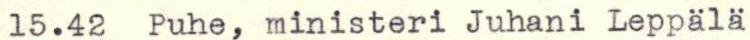
15.42  Puhe, ministeri Juhani Leppälä